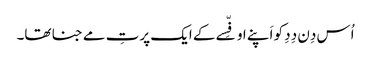
اُس دِن دِدِ کو اَپنے اوفِّسے کے ایک پرتِ مے جنا تھا۔